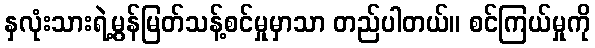
နှလုံးသားရဲ့မွန်မြတ်သန့်စင်မှုမှာသာ တည်ပါတယ်။ စင်ကြယ်မှုကို